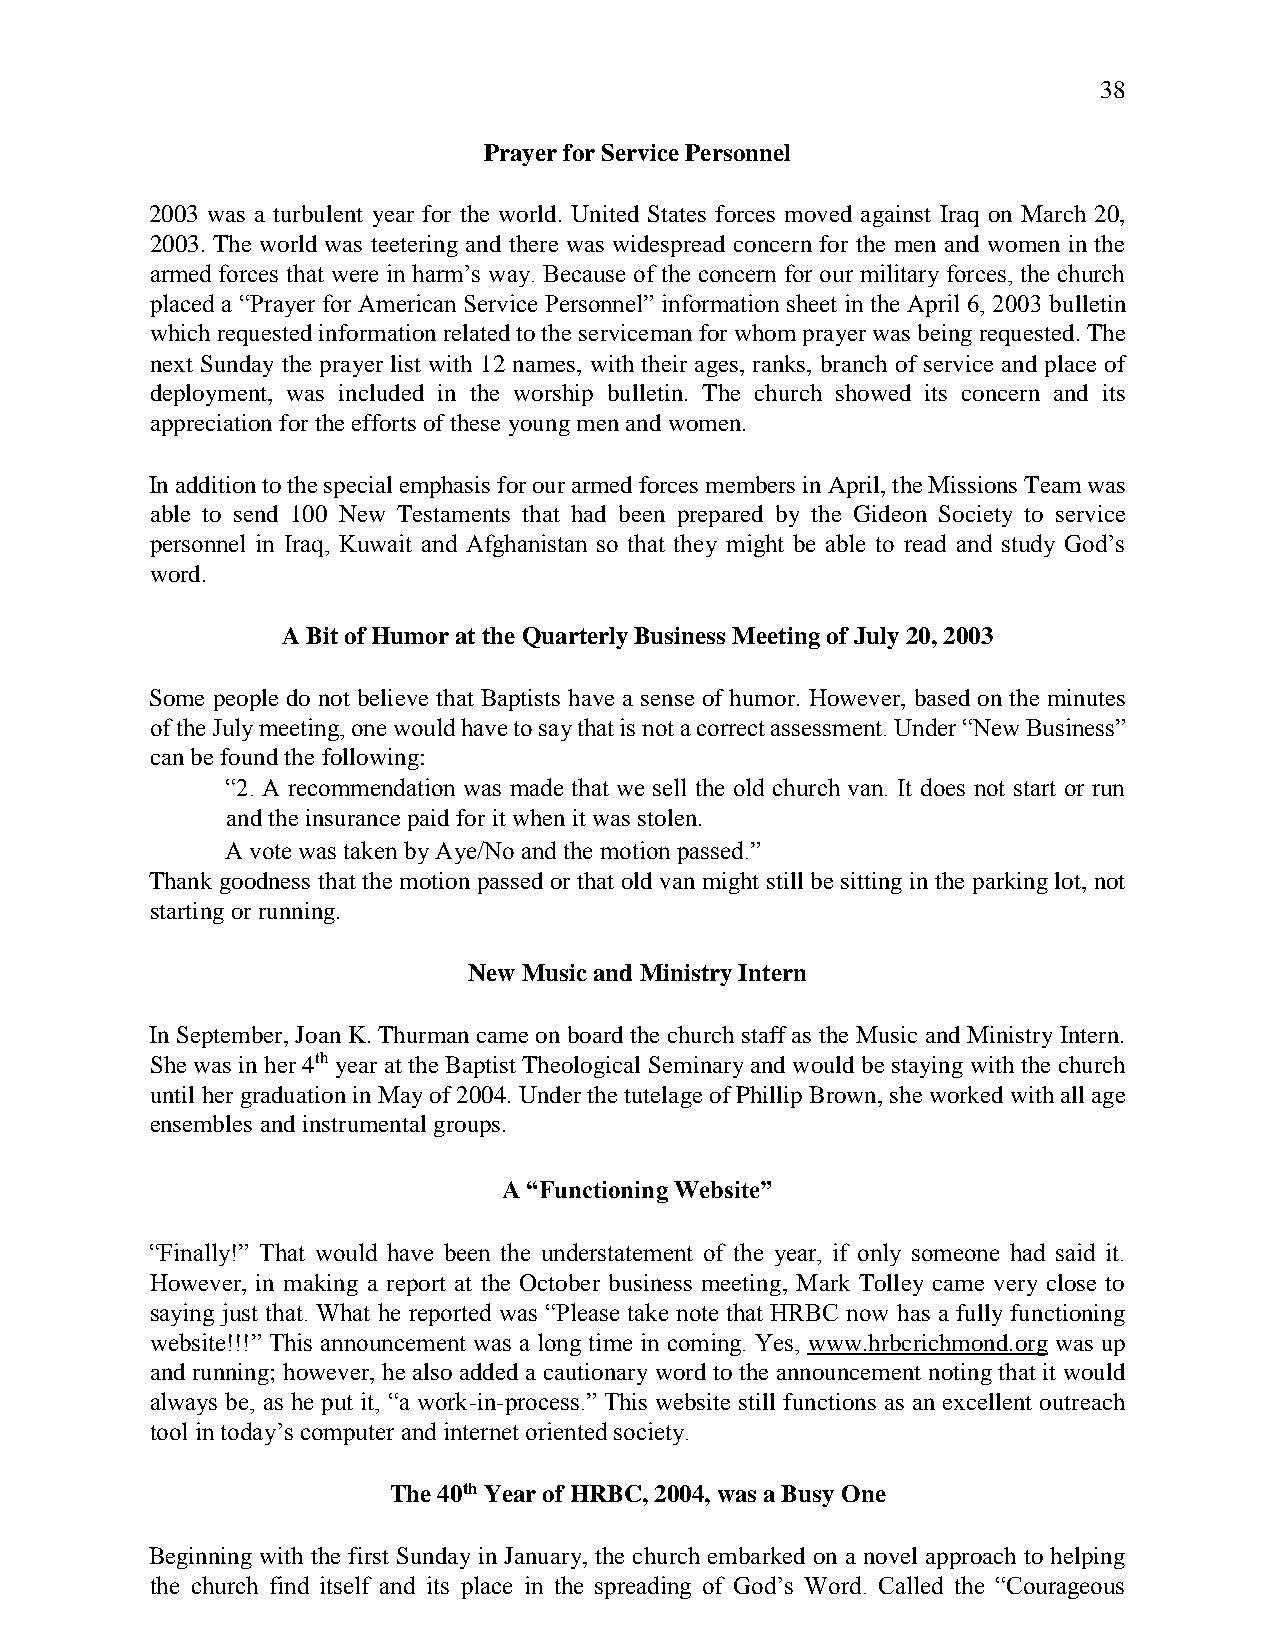
38
 Prayer for Service Personnel
 2003 was a turbulent year for the world. United States forces moved against Iraq on March 20,
 2003. The world was teetering and there was widespread concern for the men and women in the
 armed forces that were in harm’s way. Because of the concern for our military forces, the church
 placed a “Prayer for American Service Personnel” information sheet in the April 6, 2003 bulletin
 which requested information related to the serviceman for whom prayer was being requested. The
 next Sunday the prayer list with 12 names, with their ages, ranks, branch of service and place of
 deployment, was included in the worship bulletin. The church showed its concern and its
 appreciation for the efforts of these young men and women.
 In addition to the special emphasis for our armed forces members in April, the Missions Team was
 able to send 100 New Testaments that had been prepared by the Gideon Society to service
 personnel in Iraq, Kuwait and Afghanistan so that they might be able to read and study God’s
 word.
 A Bit of Humor at the Quarterly Business Meeting of July 20, 2003
 Some people do not believe that Baptists have a sense of humor. However, based on the minutes
 of the July meeting, one would have to say that is not a correct assessment. Under “New Business”
 can be found the following:
 “2. A recommendation was made that we sell the old church van. It does not start or run
 and the insurance paid for it when it was stolen.
 A vote was taken by Aye/No and the motion passed.”
 Thank goodness that the motion passed or that old van might still be sitting in the parking lot, not
 starting or running.
 New Music and Ministry Intern
 In September, Joan K. Thurman came on board the church staff as the Music and Ministry Intern.
 She was in her 4th year at the Baptist Theological Seminary and would be staying with the church
 until her graduation in May of 2004. Under the tutelage of Phillip Brown, she worked with all age
 ensembles and instrumental groups.
 A “Functioning Website”
 “Finally!” That would have been the understatement of the year, if only someone had said it.
 However, in making a report at the October business meeting, Mark Tolley came very close to
 saying just that. What he reported was “Please take note that HRBC now has a fully functioning
 website!!!” This announcement was a long time in coming. Yes, www.hrbcrichmond.org was up
 and running; however, he also added a cautionary word to the announcement noting that it would
 always be, as he put it, “a work-in-process.” This website still functions as an excellent outreach
 tool in today’s computer and internet oriented society.
 The 40th Year of HRBC, 2004, was a Busy One
 Beginning with the first Sunday in January, the church embarked on a novel approach to helping
 the church find itself and its place in the spreading of God’s Word. Called the “Courageous